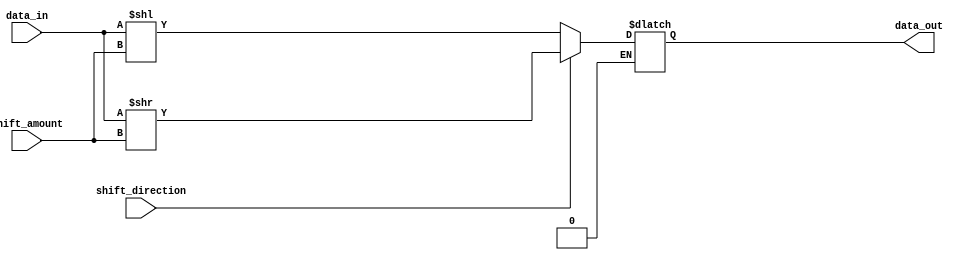
module Circular_Barrel_Shifter (
  input wire [7:0] data_in,
  input wire [2:0] shift_amount,
  input wire shift_direction,
  output reg [7:0] data_out
);

always @* begin
   if (shift_direction == 1'b0) // left shift
      data_out = data_in << shift_amount;
   else if (shift_direction == 1'b1) // right shift
      data_out = data_in >> shift_amount;
end

endmodule